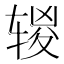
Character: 𰺔